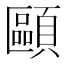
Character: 𩔸